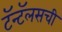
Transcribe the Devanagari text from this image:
टॅन्टॅलसची